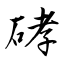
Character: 硣